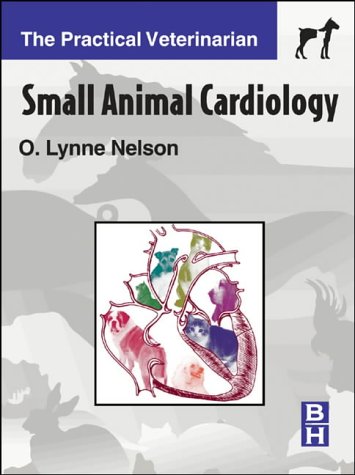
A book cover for Small Animal Cardiology; O. Lynne Nelson DVM  MS  DACVIM; Medical Books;